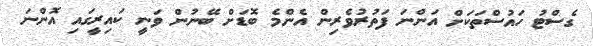
ގެސްޓު ހައުސްތަކަށް އަންނަ ފަތުރުވެރިން އެންމެ ބޮޑަށް ބޭނުން ވަނީ ކައިރީގައި އޮންނަ